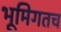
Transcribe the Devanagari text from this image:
भूमिगतच